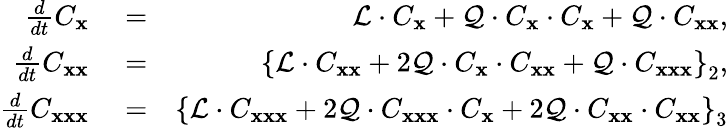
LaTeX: \begin{array}{rlr}{\frac{d}{dt}C_{\mathbf x}}&{{}=}&{{\cal L}\cdot C_{\mathbf x}+{\cal Q}\cdot C_{\mathbf x}\cdot C_{\mathbf x}+{\cal Q}\cdot C_{{\mathbf x}{\mathbf x}},}\\ {\frac{d}{dt}C_{{\mathbf x}{\mathbf x}}}&{{}=}&{\left\lbrace{\cal L}\cdot C_{{\mathbf x}{\mathbf x}}+2{\cal Q}\cdot C_{\mathbf x}\cdot C_{{\mathbf x}{\mathbf x}}+{\cal Q}\cdot C_{{\mathbf x}{\mathbf x}{\mathbf x}}\right\rbrace_{2},}\\ {\frac{d}{dt}C_{{\mathbf x}{\mathbf x}{\mathbf x}}}&{{}=}&{\left\lbrace{\cal L}\cdot C_{{\mathbf x}{\mathbf x}{\mathbf x}}+2{\cal Q}\cdot C_{{\mathbf x}{\mathbf x}{\mathbf x}}\cdot C_{{\mathbf x}}+2{\cal Q}\cdot C_{{\mathbf x}{\mathbf x}}\cdot C_{{\mathbf x}{\mathbf x}}\right\rbrace_{3}}\end{array}